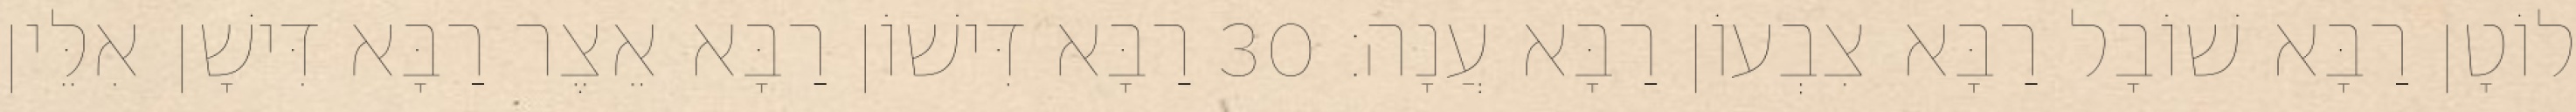
לוֹטָן רַבָּא שׁוֹבָל רַבָּא צִבְעוֹן רַבָּא עֲנָה׃ 30 רַבָּא דִּישׁוֹן רַבָּא אֵצֶר רַבָּא דִּישָׁן אִלֵּין